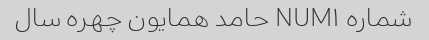
شماره NUM۱ حامد همایون چهره سال